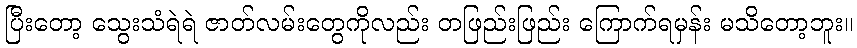
ပြီးတော့ သွေးသံရဲရဲ ဇာတ်လမ်းတွေကိုလည်း တဖြည်းဖြည်း ကြောက်ရမှန်း မသိတော့ဘူး။